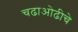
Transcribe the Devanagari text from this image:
चढाओढीचे